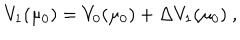
V _ { 1 } ( \mu _ { 0 } ) = V _ { 0 } ( \mu _ { 0 } ) + { \Delta } V _ { 1 } ( \mu _ { 0 } ) \ ,